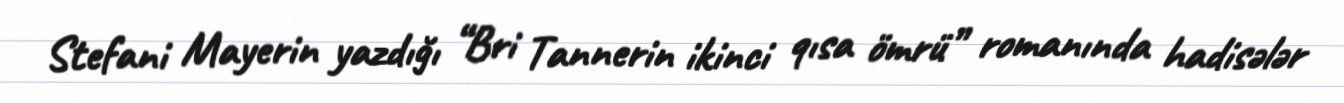
Stefani Mayerin yazdığı “Bri Tannerin ikinci qısa ömrü” romanında hadisələr